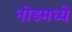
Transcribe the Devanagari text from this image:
नोडमध्ये